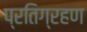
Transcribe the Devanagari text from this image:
प्रतिग्रहण